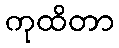
ကုထိတာ